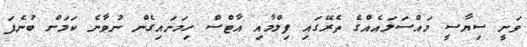
ވަނީ ސިޔާސީ މައްސަލައެއްގެ ތެރޭގައި ފިލްމާއި އާޓްސް ހިމަނައިގެން ނުވާނެ ކަމަށް ބުނެފަ